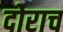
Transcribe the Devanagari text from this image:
दोराच